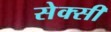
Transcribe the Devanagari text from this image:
सेक्‍सी